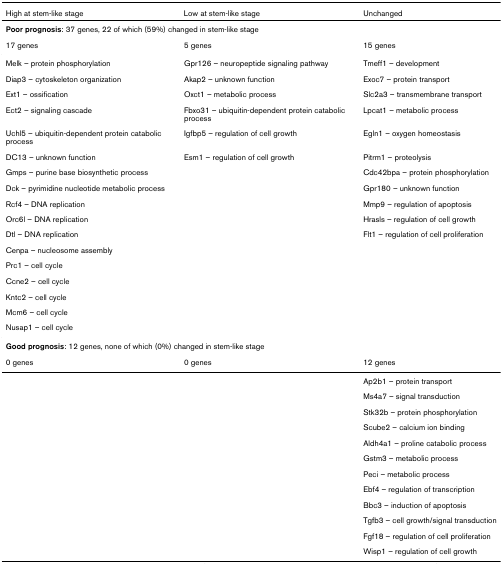
| High at stem-like stage | Low at stem-like stage | Unchanged |
 | --- | --- | --- |
 | <COLSPAN=3> Poor prognosis: 37 genes, 22 of which (59%) changed in stem-like stage |
 | 17 genes | 5 genes | 15 genes |
 | Melk – protein phosphorylation | Gpr126 – neuropeptide signaling pathway | Tmeff1 – development |
 | Diap3 – cytoskeleton organization | Akap2 – unknown function | Exoc7 – protein transport |
 | Ext1 – ossification | Oxct1 – metabolic process | Slc2a3 – transmembrane transport |
 | Ect2 – signaling cascade | Fbxo31 – ubiquitin-dependent protein catabolic process | Lpcat1 – metabolic process |
 | Uchl5 – ubiquitin-dependent protein catabolic process | Igfbp5 – regulation of cell growth | Egln1 – oxygen homeostasis |
 | DC13 – unknown function | Esm1 – regulation of cell growth | Pitrm1 – proteolysis |
 | Gmps – purine base biosynthetic process |  | Cdc42bpa – protein phosphorylation |
 | Dck – pyrimidine nucleotide metabolic process |  | Gpr180 – unknown function |
 | Rcf4 – DNA replication |  | Mmp9 – regulation of apoptosis |
 | Orc6l – DNA replication |  | Hrasls – regulation of cell growth |
 | Dtl – DNA replication |  | Flt1 – regulation of cell proliferation |
 | Cenpa – nucleosome assembly |  |  |
 | Prc1 – cell cycle |  |  |
 | Ccne2 – cell cycle |  |  |
 | Kntc2 – cell cycle |  |  |
 | Mcm6 – cell cycle |  |  |
 | Nusap1 – cell cycle |  |  |
 | <COLSPAN=3> Good prognosis: 12 genes, none of which (0%) changed in stem-like stage |
 | 0 genes | 0 genes | 12 genes |
 |  |  | Ap2b1 – protein transport |
 |  |  | Ms4a7 – signal transduction |
 |  |  | Stk32b – protein phosphorylation |
 |  |  | Scube2 – calcium ion binding |
 |  |  | Aldh4a1 – proline catabolic process |
 |  |  | Gstm3 – metabolic process |
 |  |  | Peci – metabolic process |
 |  |  | Ebf4 – regulation of transcription |
 |  |  | Bbc3 – induction of apoptosis |
 |  |  | Tgfb3 – cell growth/signal transduction |
 |  |  | Fgf18 – regulation of cell proliferation |
 |  |  | Wisp1 – regulation of cell growth |